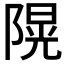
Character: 𨻙